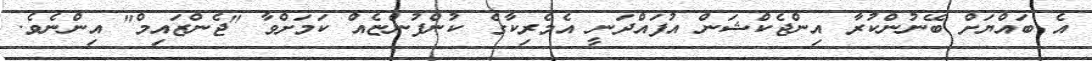
އެ ބައްޔަށް ބޭނުންކުރާ އިންޖެކްޝަން އުފައްދަނީ އެމެރިކާގެ ކުންފުންޏެއް ކަމަށްވާ "ޖެންޒައިމް" އިންނެވެ.